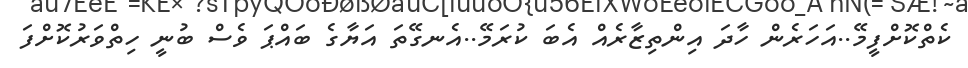
ކެތްކޮށްފީމޭ..އަހަރެން ހާދަ އިންތިޒާރެއް އެބަ ކުރަމޭ..އެނގޭތަ އަޔާގެ ބައްޕަ ވެސް ބުނީ ހިތްވަރުކޮށްފަ